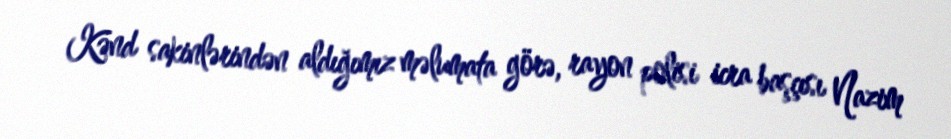
Kənd sakinlərindən aldığımız məlumata görə, rayon polisi icra başçısı Nazim